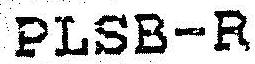
PLSB-R